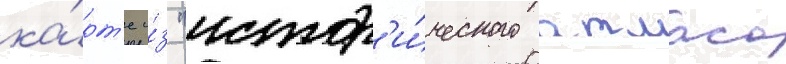
ка́рт'е и́з "истор'и́ческого атласа